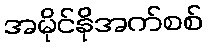
အမိုင်နိုအက်စစ်